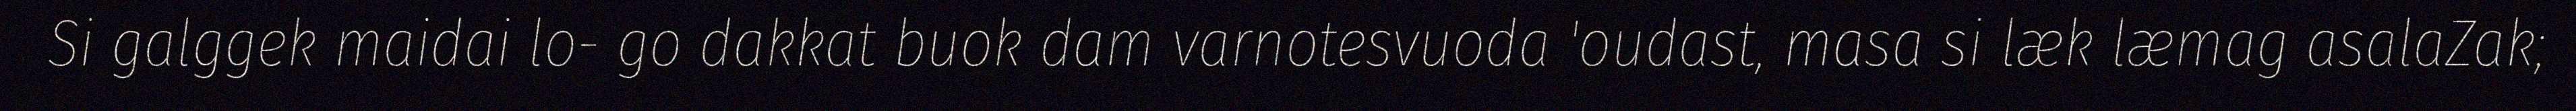
Si galggek maidai lo- go dakkat buok dam varnotesvuoda 'oudast, masa si læk læmag asalaZak;